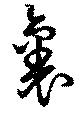
裏